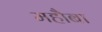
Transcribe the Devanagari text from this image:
महौबा